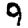
Digit: 9